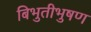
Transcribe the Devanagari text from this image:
बिभुतीभुषण